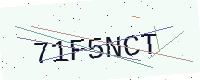
Text: 71F5NCT